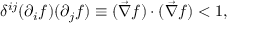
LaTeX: \delta ^ { i j } ( \partial _ { i } f ) ( \partial _ { j } f ) \equiv ( \vec { \nabla } f ) \cdot ( \vec { \nabla } f ) < 1 ,